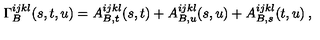
\Gamma _ { B } ^ { i j k l } ( s , t , u ) = A _ { B , t } ^ { i j k l } ( s , t ) + A _ { B , u } ^ { i j k l } ( s , u ) + A _ { B , s } ^ { i j k l } ( t , u ) \: ,